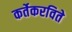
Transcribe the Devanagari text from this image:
कर्तेकरविते